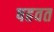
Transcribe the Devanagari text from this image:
षहवत